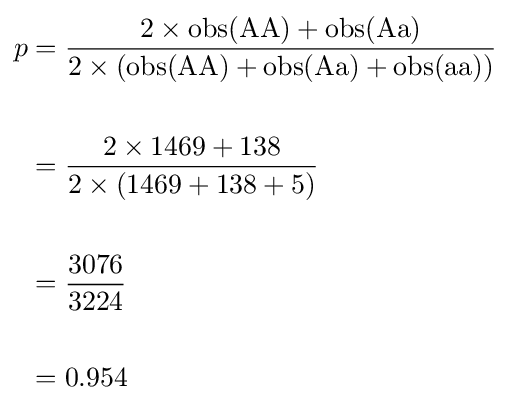
{\begin{aligned}p&={2\times \mathrm {obs} ({\text{AA}})+\mathrm {obs} ({\text{Aa}}) \over 2\times (\mathrm {obs} ({\text{AA}})+\mathrm {obs} ({\text{Aa}})+\mathrm {obs} ({\text{aa}}))}\\\\&={2\times 1469+138 \over 2\times (1469+138+5)}\\\\&={3076 \over 3224}\\\\&=0.954\end{aligned}}